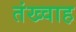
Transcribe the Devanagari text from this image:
तंख्वाह